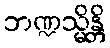
ဘဏ္ဍသ္မိန္တိ